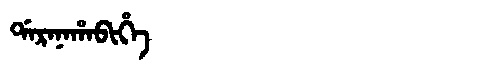
Manchu: ᡩᠠᡵᠠᠨᠠᡥᠠᠪᡳᡥᡝ
Romanization: DARANAHABIHE